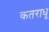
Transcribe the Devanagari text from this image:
कतराधू